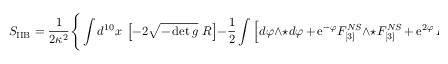
S _ { \mathrm { I I B } } = \frac { 1 } { 2 \kappa ^ { 2 } } \Bigg \{ \int d ^ { 1 0 } x ~ \left[ - 2 \sqrt { - \operatorname * { d e t } g } ~ R \right] - \frac { 1 } { 2 } \int \Big [ d \varphi \wedge \star d \varphi \, + \, \mathrm { e } ^ { - \varphi } F _ { [ 3 ] } ^ { N S } \wedge \star F _ { [ 3 ] } ^ { N S } \, + \, \mathrm { e } ^ { 2 \varphi } \, F _ { [ 1 ] } ^ { R R } \wedge \star F _ { [ 1 ] } ^ { R R }